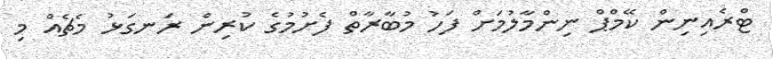
ޓްރެއިނިން ކޭމްޕް ނިންމާލުމަށް ފަހު މުބާރާތް ފެށުމުގެ ކުރިން ރަނގަޅު މެޗެއް މި